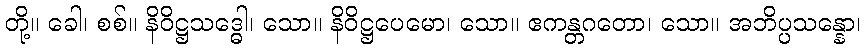
တို့။ ခေါ၊ စစ်။ နိဝိဋ္ဌသဒ္ဓေါ၊ သော။ နိဝိဋ္ဌပေမော၊ သော။ ဧကန္တဂတော၊ သော။ အဘိပ္ပသန္နော၊